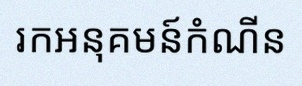
រកអនុគមន៍កំណើន